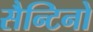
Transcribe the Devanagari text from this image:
सैन्टिनो